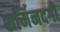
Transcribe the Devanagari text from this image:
शर्मिनदगी